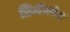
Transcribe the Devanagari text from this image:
डिजॅनरेट